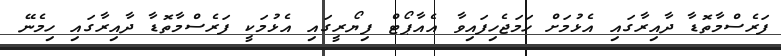
ފަރެސްމާތޮޑާ ދާއިރާގައި އެޅުމަށް ހަމަޖެހިފައިވާ އެއާޕޯޓް ފިޔޯރީގައި އެޅުމަކީ ފަރެސްމާތޮޑާ ދާއިރާގައި ހިމެނޭ